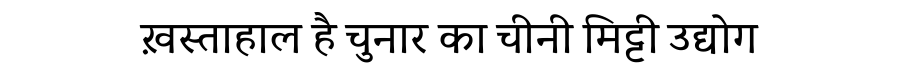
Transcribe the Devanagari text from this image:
ख़स्ताहाल है चुनार का चीनी मिट्टी उद्योग